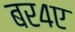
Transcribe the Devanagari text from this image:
बर४ए